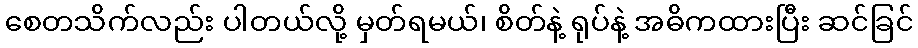
စေတသိက်လည်း ပါတယ်လို့ မှတ်ရမယ်၊ စိတ်နဲ့ ရုပ်နဲ့ အဓိကထားပြီး ဆင်ခြင်